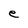
Character: e